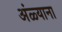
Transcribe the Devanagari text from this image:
अंळ्याना